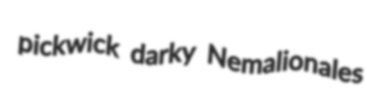
pickwick darky Nemalionales